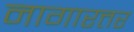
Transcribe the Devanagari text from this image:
नागारत्तर